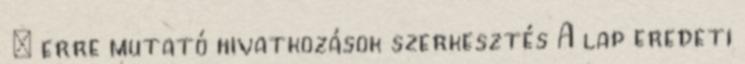
‎ ← erre mutató hivatkozások szerkesztés A lap eredeti